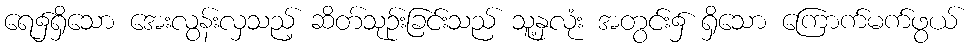
ရေ၌ရှိသော အေးလွန်းလှသည့် ဆိတ်သုဉ်းခြင်းသည် သူ့နှလုံး အတွင်း၌ ရှိသော ကြောက်မက်ဖွယ်